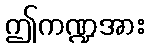
ဤကဏ္ဍအား